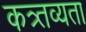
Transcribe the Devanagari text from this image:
कत्र्तव्यता